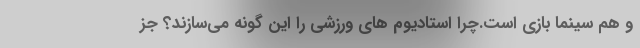
و هم سینما بازی است.چرا استادیوم های ورزشی را این گونه می‌سازند؟ جز